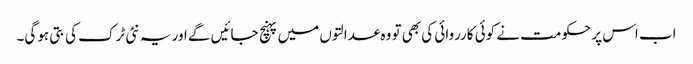
اب اس پر حکومت نے کوئی کارروائی کی بھی تو وہ عدالتوں میں پہنچ جائیں گے اور یہ نئی ٹرک کی بتی ہو گی۔